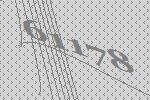
61178